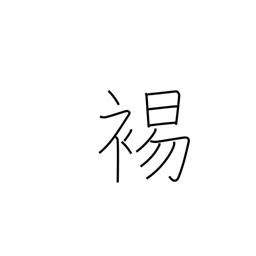
Meaning: to bare the shoulder